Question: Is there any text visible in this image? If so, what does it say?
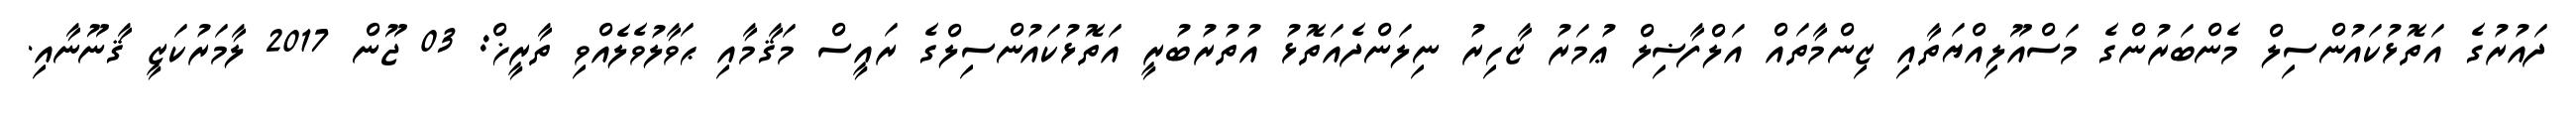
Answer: ދައުރުގެ އަތޮޅުކައުންސިލް މެންބަރުންގެ މަސްއޫލިއްޔަތާއި ޒިންމާތައް އަލްފާޟިލް ޢުމަރު ޒާހިރު ނިލަންދެއަތޮޅު އުތުރުބުރީ އަތޮޅުކައުންސިލްގެ ރައީސް މަޤާމާއި ޙަވާލުވެލެއްވި ތާރީޚް: 03 ޖޫން 2017 ލާމަރުކަޒީ ޤާނޫނާއި.